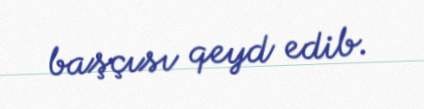
başçısı qeyd edib.